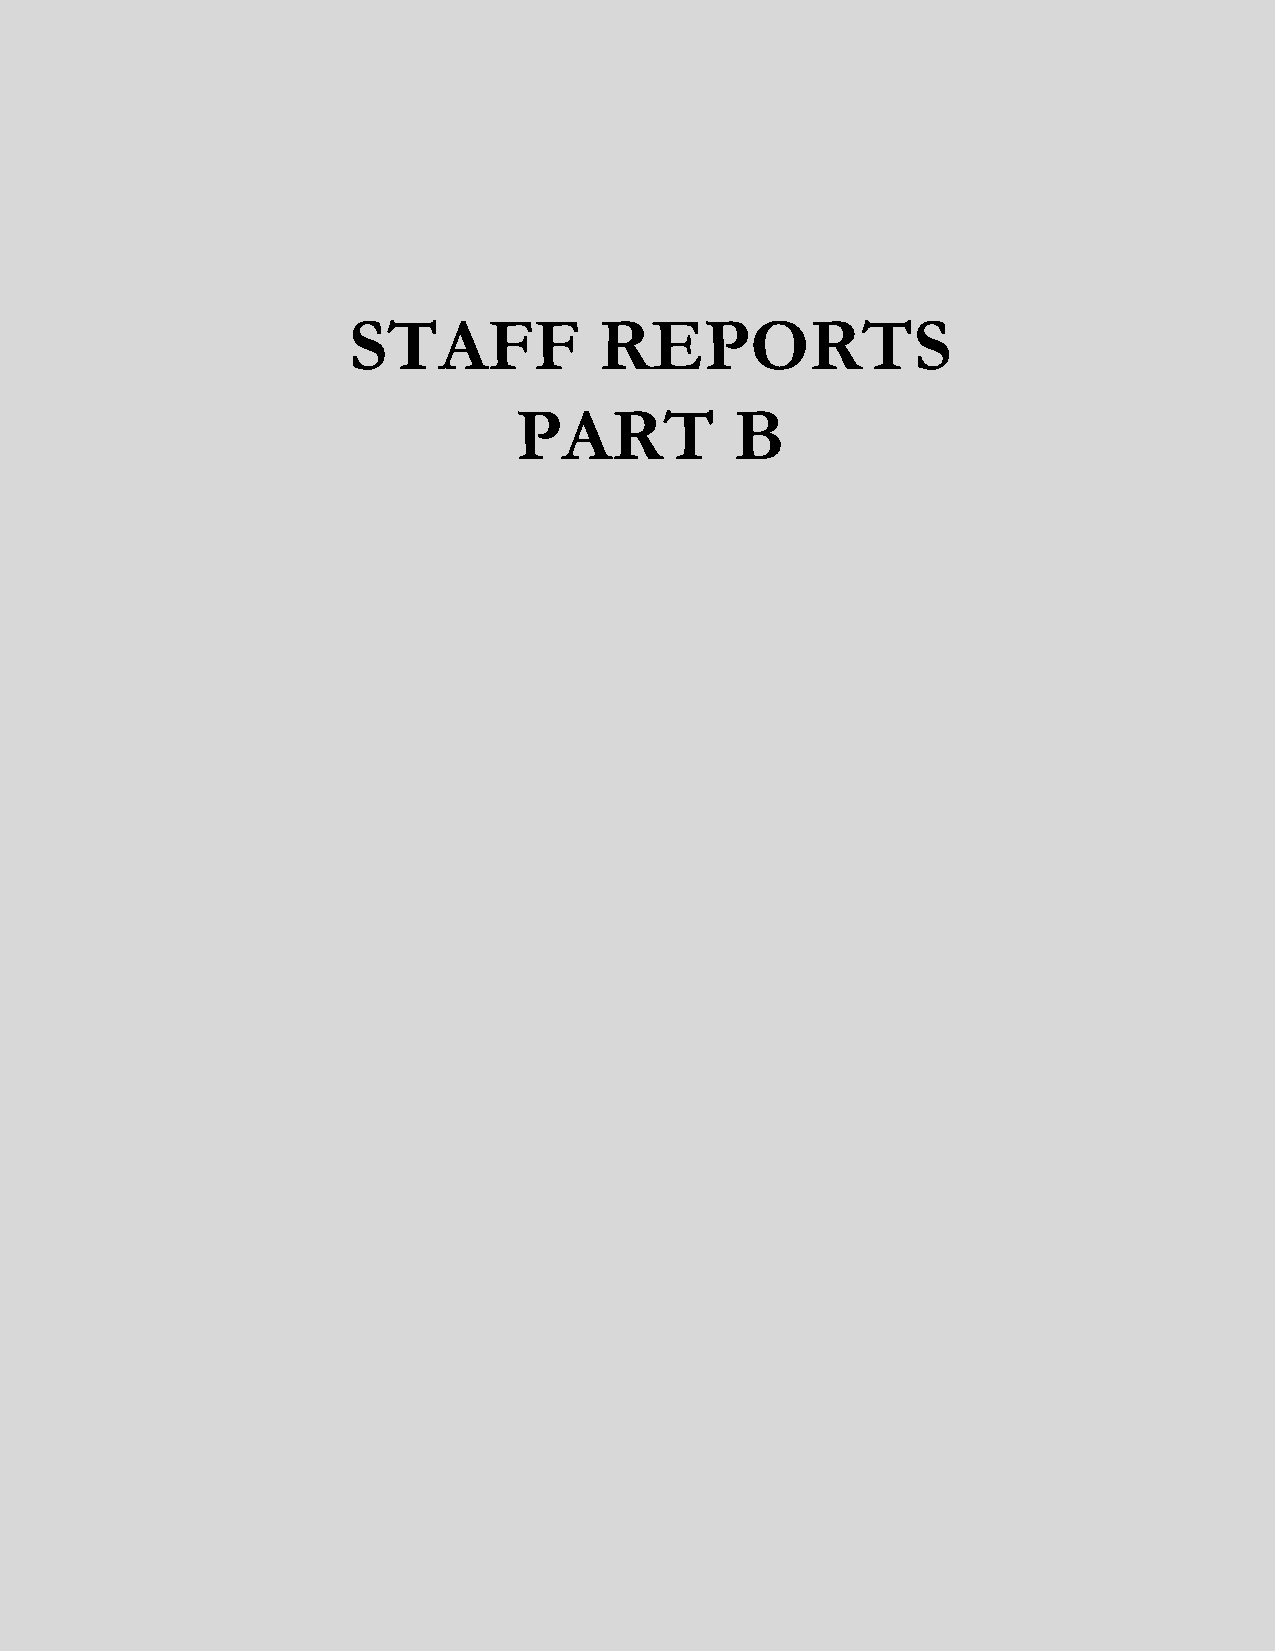
STAFF            REPORTS
 PART           B